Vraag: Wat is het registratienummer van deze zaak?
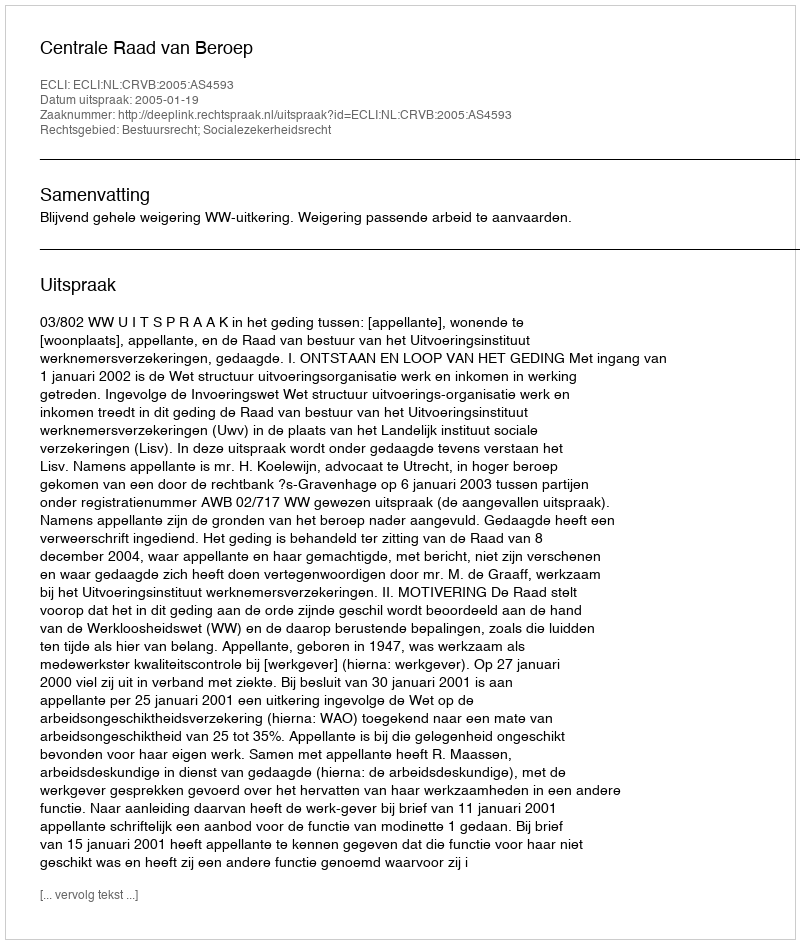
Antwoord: http://deeplink.rechtspraak.nl/uitspraak?id=ECLI:NL:CRVB:2005:AS4593